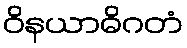
ဝိနယာဓိဂတံ